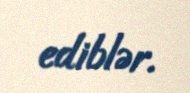
ediblər.